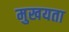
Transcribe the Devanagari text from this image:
मुखयता